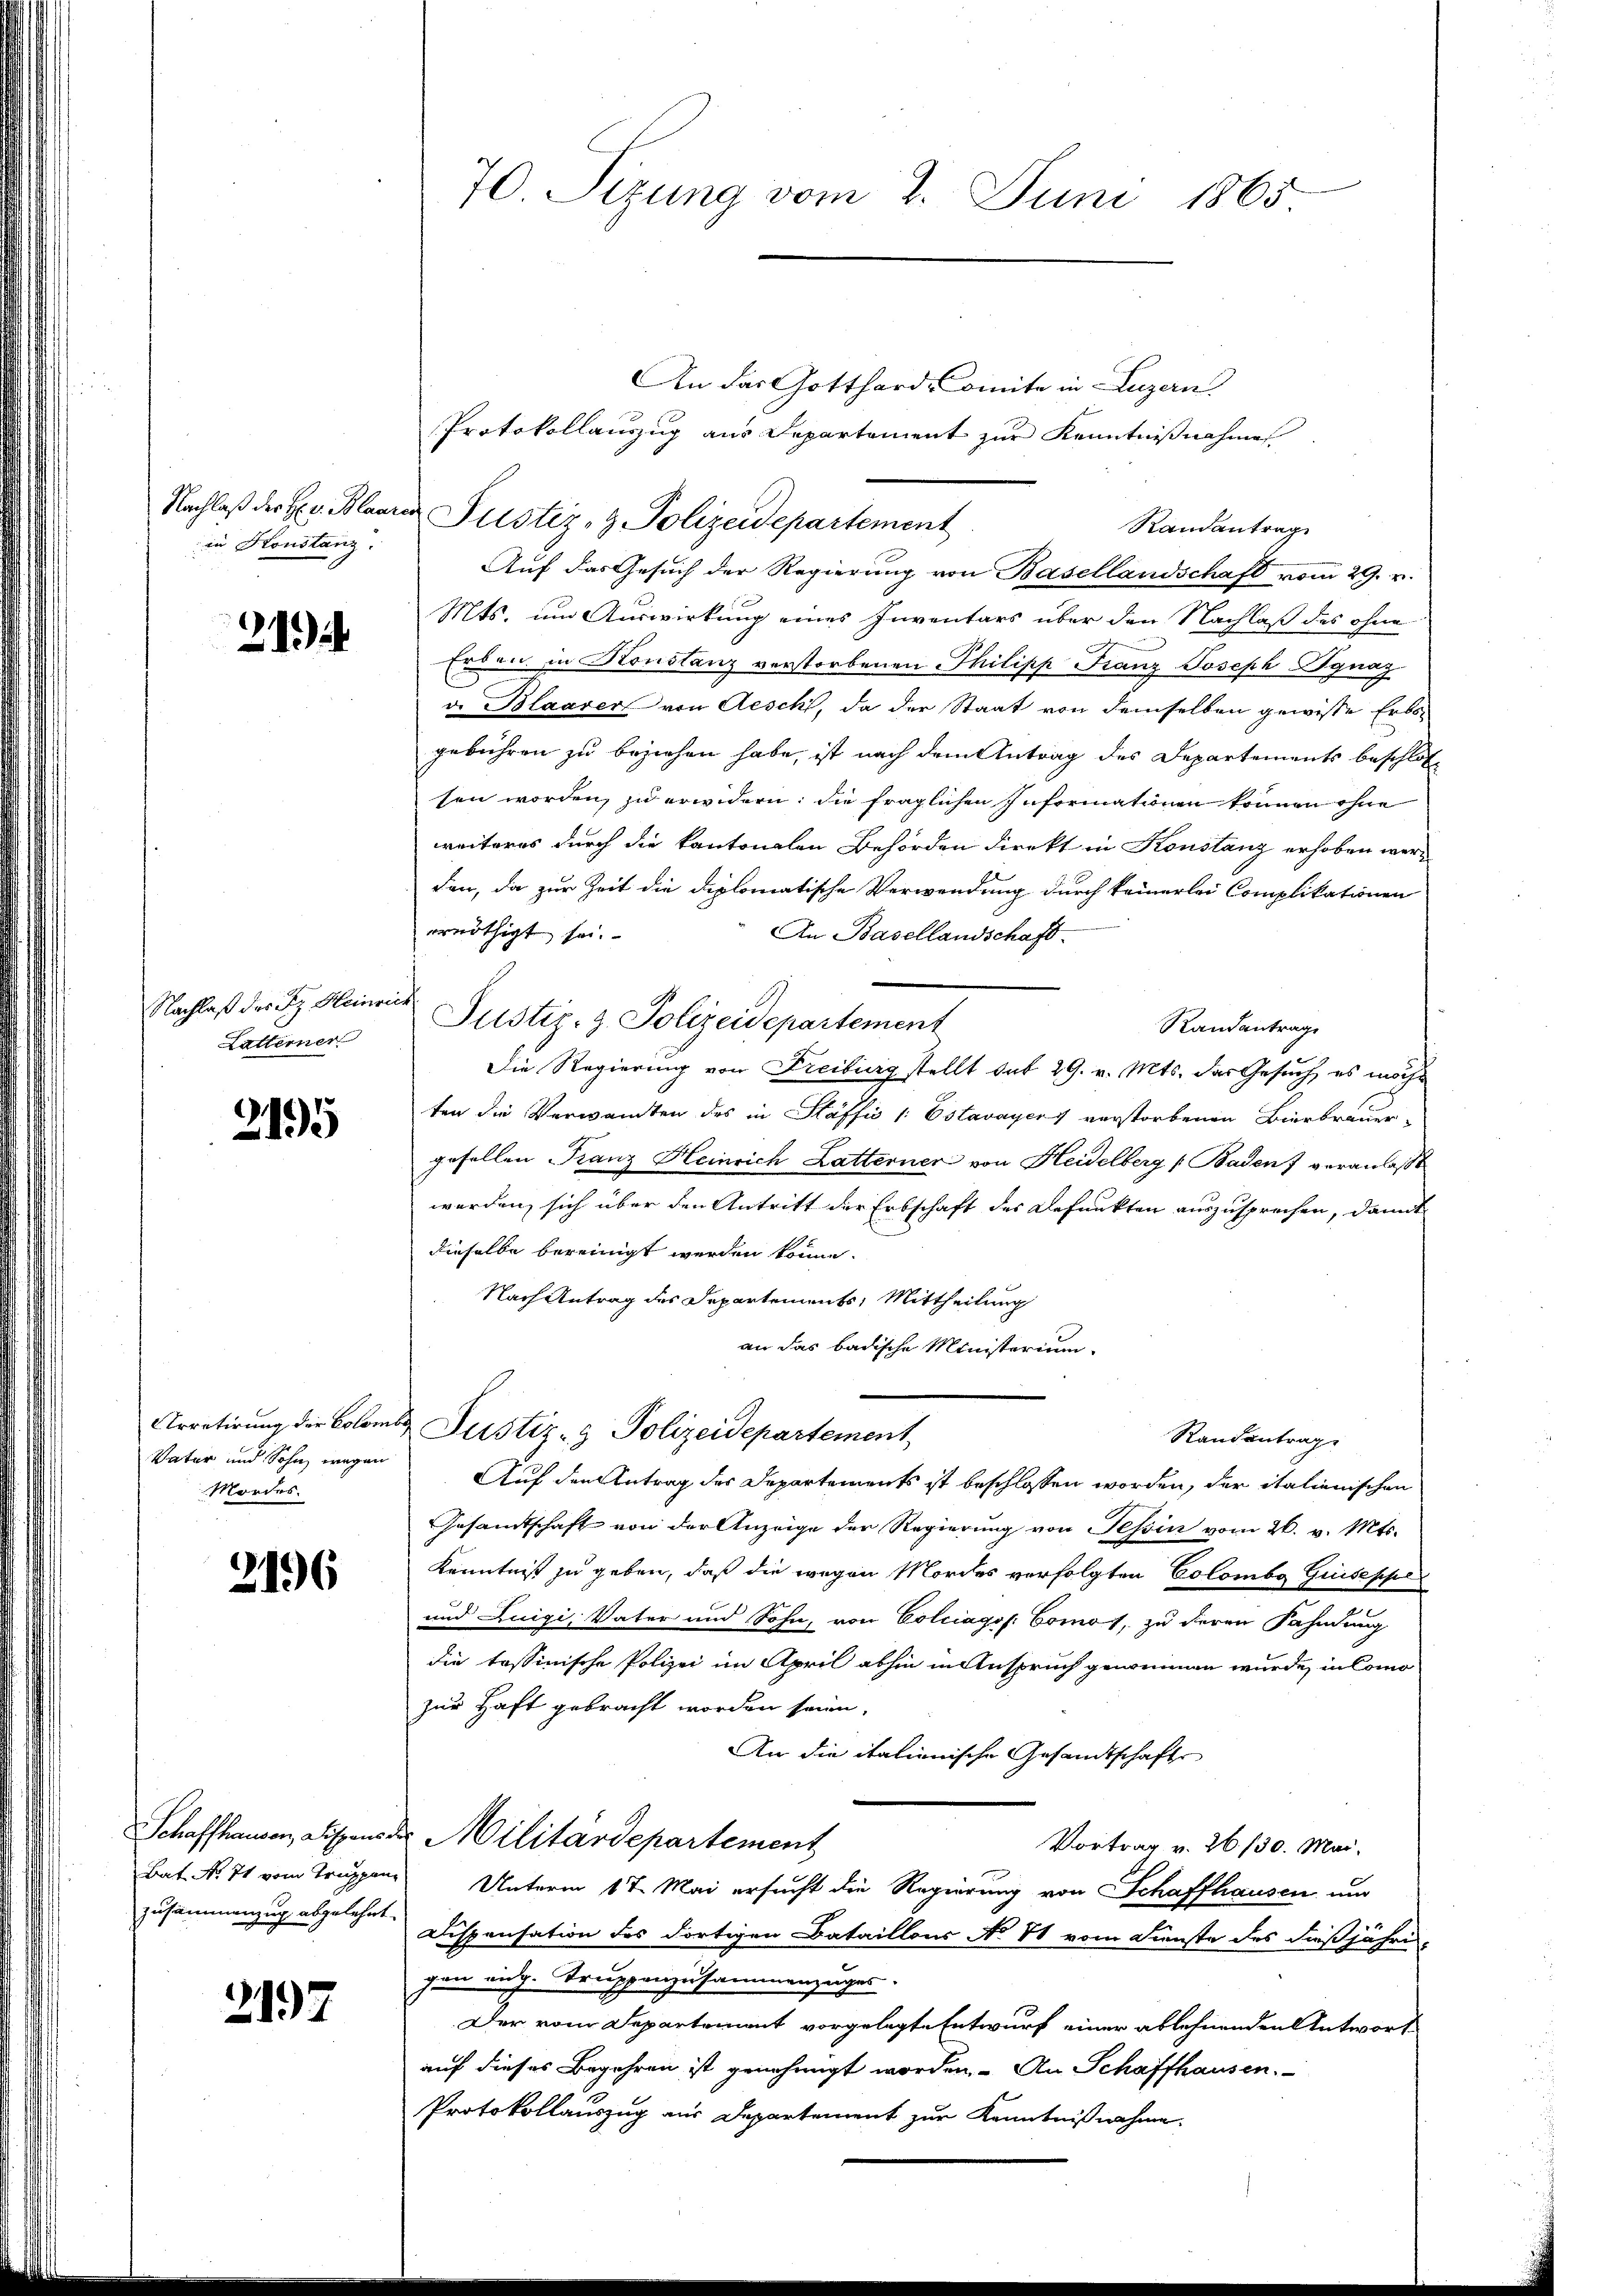
in Konstanz.

21

Nachlaß der z. Heinrich
Latterner

3195

Vater und Sohn wegen
Mordes

2196

Schaffhausen, Dispens
Bat No. 71 vom Truppen
Zusammenzug abgelehnt.

3197

An das Gotthard-omite in Luzern.
Protokollauszug aus Departement zur Kenntnißnahme
Nachlaß der H. v. Blaurer Pustiz- & Polizeidepartement
Randantrag
Auf das Gesuch der Regierung von Basellandschaft vom 29. v.
Mts. um Auswirkung eines Inventars über den Nachlaß des ohne
Erbau in Konstanz verstorbenen Philipp Franz Joseph Ignaz
v. Blaarer von Aeschl, da der Staat von demselben gewisse Erbsgebühren zu beziehen habe, ist nach dem Antrag des Departements beschlos
sen worden, zu erwidern, die fraglichen Informationen können ohne
weiteres durch die kantonalen Behörden direkt in Konstanz erhoben werden, da zur Zeit die diplomatische Verwendung durch keinerlei Complikationen
ernöthigt sei.
An Basellandschaft.
Justiz- z. Polizeidepartement
Randantrage
Die Regierung von Freiburg stellt sub 29. v. Mts. das Gesuch, es möcht
ten die Verwandten des in Stäffić /: Estavayer verstorbenen Bierbrauer-
gesellen Franz Heinrich Latterner von Heidelberg (Baden veranlaßt
werden, sich über den Antritt der Erbschaft des Befunkten auszusprechen, damit
dieselbe bereinigt werden könne.
Nach Antrag des Departements, Mittheilung
an das badische Ministerium
Arretirung der Colomber Justiz- & Polizeidepartement
Randantrage
Auf den Antrag des Departements ist beschlossen worden, der italienischen
Gesandtschaft von der Anzeige der Regierung von Tessin vom 26. v. Mts.
Kenntniß zu geben, daß die wegen Mordes verfolgten Colombg Giuseppe¬
und Luigi, Vater und Sohn, von Colciagos. Comos, zu deren Fahndung
die tessinische Polizei im April abhin in Anspruch genommen wurde, in Comozur Haft gebracht worden seien.
An die italienische Gesandtschafte
2. Militärdepartement
Vortrag v. 26. 130. Mai.
Unterm 17. Mai ersucht die Regierung von Schaffhausen, und
Dispensation des dortigen Bataillons No 11 vom Dienste des dießjährig
zen eidg. Truppenzusammenzuges.
Der vom Separtement vorgelegte Entwurf einer ablehnenden Antwort
auf dieses Begehren ist genehmigt worden. - An Schaffhausen.
Protokollauszug aus Departement zur Kenntnißnahme.

70 Sizung vom 2. Juni 1865